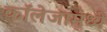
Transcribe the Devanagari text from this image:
कॉलेजामध्ये